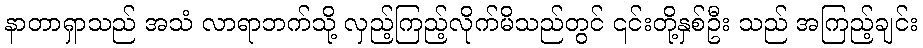
နာတာရှာသည် အသံ လာရာဘက်သို့ လှည့်ကြည့်လိုက်မိသည်တွင် ၎င်းတို့နှစ်ဦး သည် အကြည့်ချင်း